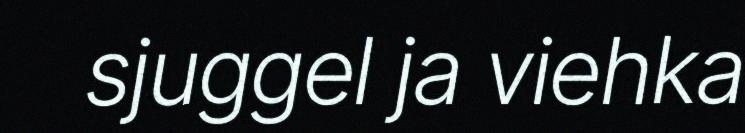
sjuggel ja viehka